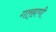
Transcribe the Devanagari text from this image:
गार्‍हाणी